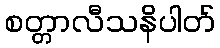
စတ္တာလီသနိပါတ်